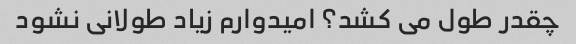
چقدر طول می کشد؟ امیدوارم زیاد طولانی نشود